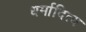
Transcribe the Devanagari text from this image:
धर्मादित्य